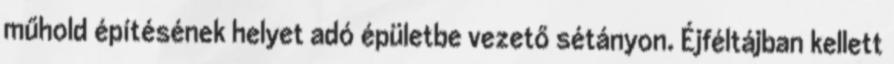
műhold építésének helyet adó épületbe vezető sétányon. Éjféltájban kellett